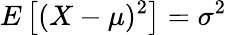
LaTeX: E\left[(X-\mu)^{2}\right]=\sigma^{2}